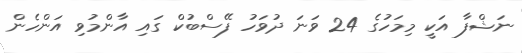
ނަޝްފާ އަކީ މިމަހުގެ 24 ވަނަ ދުވަހު ފޭސްބުކް ގައި އާންމުވި އަންހެން